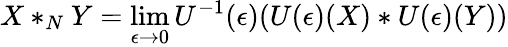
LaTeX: X*_{N}Y=\operatorname*{lim}_{\epsilon\to 0}U^{-1}(\epsilon)(U(\epsilon)(X)*U(\epsilon)(Y))